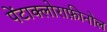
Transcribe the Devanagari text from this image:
पेंटाक्लोराफ़ीनोल